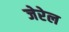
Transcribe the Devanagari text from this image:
जेरेल